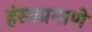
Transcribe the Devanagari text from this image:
हंसाप्रमाणे